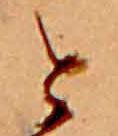
と